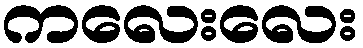
ကလေးလေး